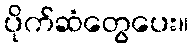
ပိုက်ဆံတွေပေး။